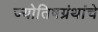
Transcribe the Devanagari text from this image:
ज्योतिषग्रंथांचे